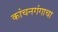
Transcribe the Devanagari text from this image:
कांचनगंगाचा